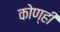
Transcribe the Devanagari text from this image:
कोण्ही